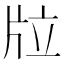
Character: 𤖹